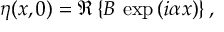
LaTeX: \eta ( x , 0 ) = \Re \left\{ B \, \exp \left( i \alpha x \right) \right\} ,